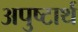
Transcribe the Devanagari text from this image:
अपुष्टार्थ